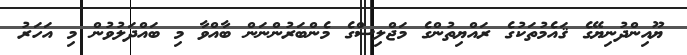
ޔޫއިންދުނިޔޭގެ ޤައެމުތަކުގެ ރައްޔިތުންގެ މަޖްލިސްގެ މެންބަރުންނަން ބާއްވާ މި ބައްދަލުވުން މި އަހަރު